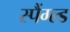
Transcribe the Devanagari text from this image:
स्पैंग्ल्ड